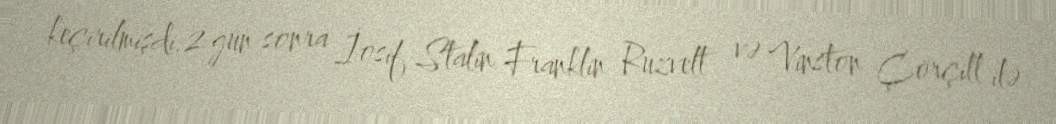
keçirilmişdi.2 gün sonra İosif Stalin Franklin Ruzvelt və Vinston Çörçill ilə